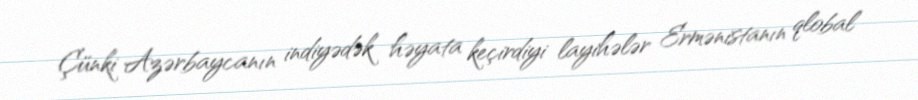
Çünki Azərbaycanın indiyədək həyata keçirdiyi layihələr Ermənistanın qlobal